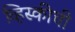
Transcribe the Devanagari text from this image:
व्हिस्कीची